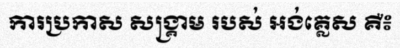
ការប្រកាស សង្គ្រាម របស់ អង់គ្លេស គឺ៖